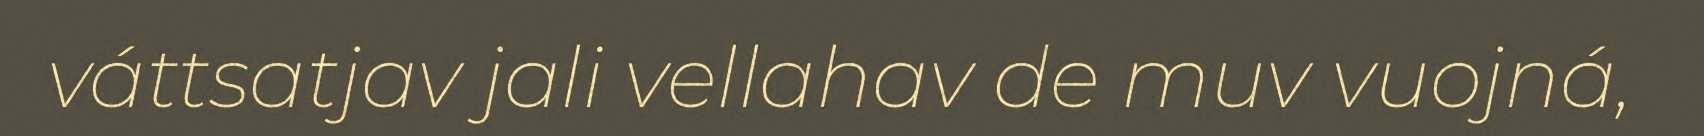
váttsatjav jali vellahav de muv vuojná,